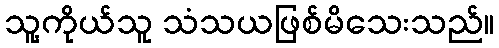
သူ့ကိုယ်သူ သံသယဖြစ်မိသေးသည်။